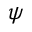
\psi